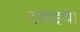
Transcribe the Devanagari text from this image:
दवाइया